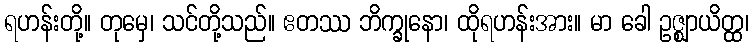
ရဟန်းတို့။ တုမှေ၊ သင်တို့သည်။ ဧတဿ ဘိက္ခုနော၊ ထိုရဟန်းအား။ မာ ခေါ ဥဇ္ဈာယိတ္ထ၊